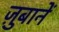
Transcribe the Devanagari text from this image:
ज़ुबानें